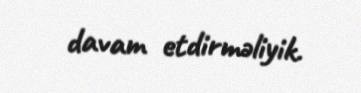
davam etdirməliyik.